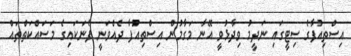
އިސްތިއުފާގެ ސިޓީގައި ނަދީމު ވިދާޅުވީ އޭނާ މަގާމުން އިސްތިއުފާ ދެއްވަނީ ފެނަކައިގެ މަސައްކަތްތައް